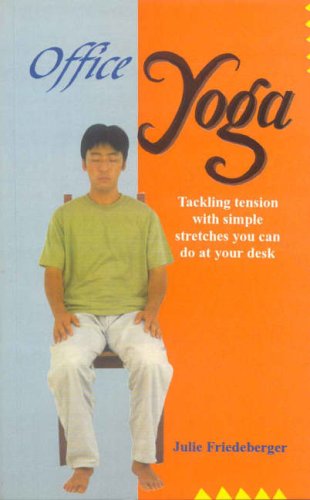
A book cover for Office Yoga: Tackling tension with simple stretches you can do at your desk; Julie Friedeberger; Health, Fitness & Dieting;